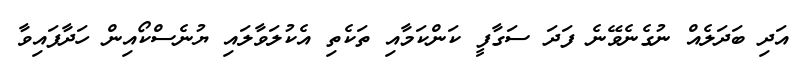
އަދި ބަދަލެއް ނުގެނެވޭނެ ފަދަ ސަގާފީ ކަންކަމާއި ތަކެތި އެކުލަވާލައި ޔުނެސްކޯއިން ހަދާފައިވާ